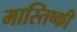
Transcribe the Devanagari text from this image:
मास्तिष्की